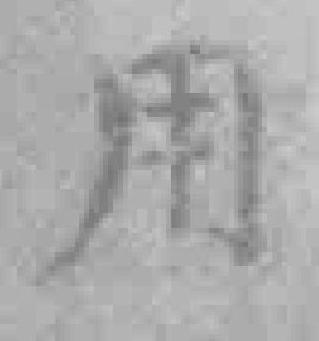
用